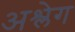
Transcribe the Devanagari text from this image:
अश्लेग